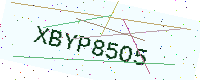
Text: XBYP85O5